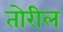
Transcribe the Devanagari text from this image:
तोरील